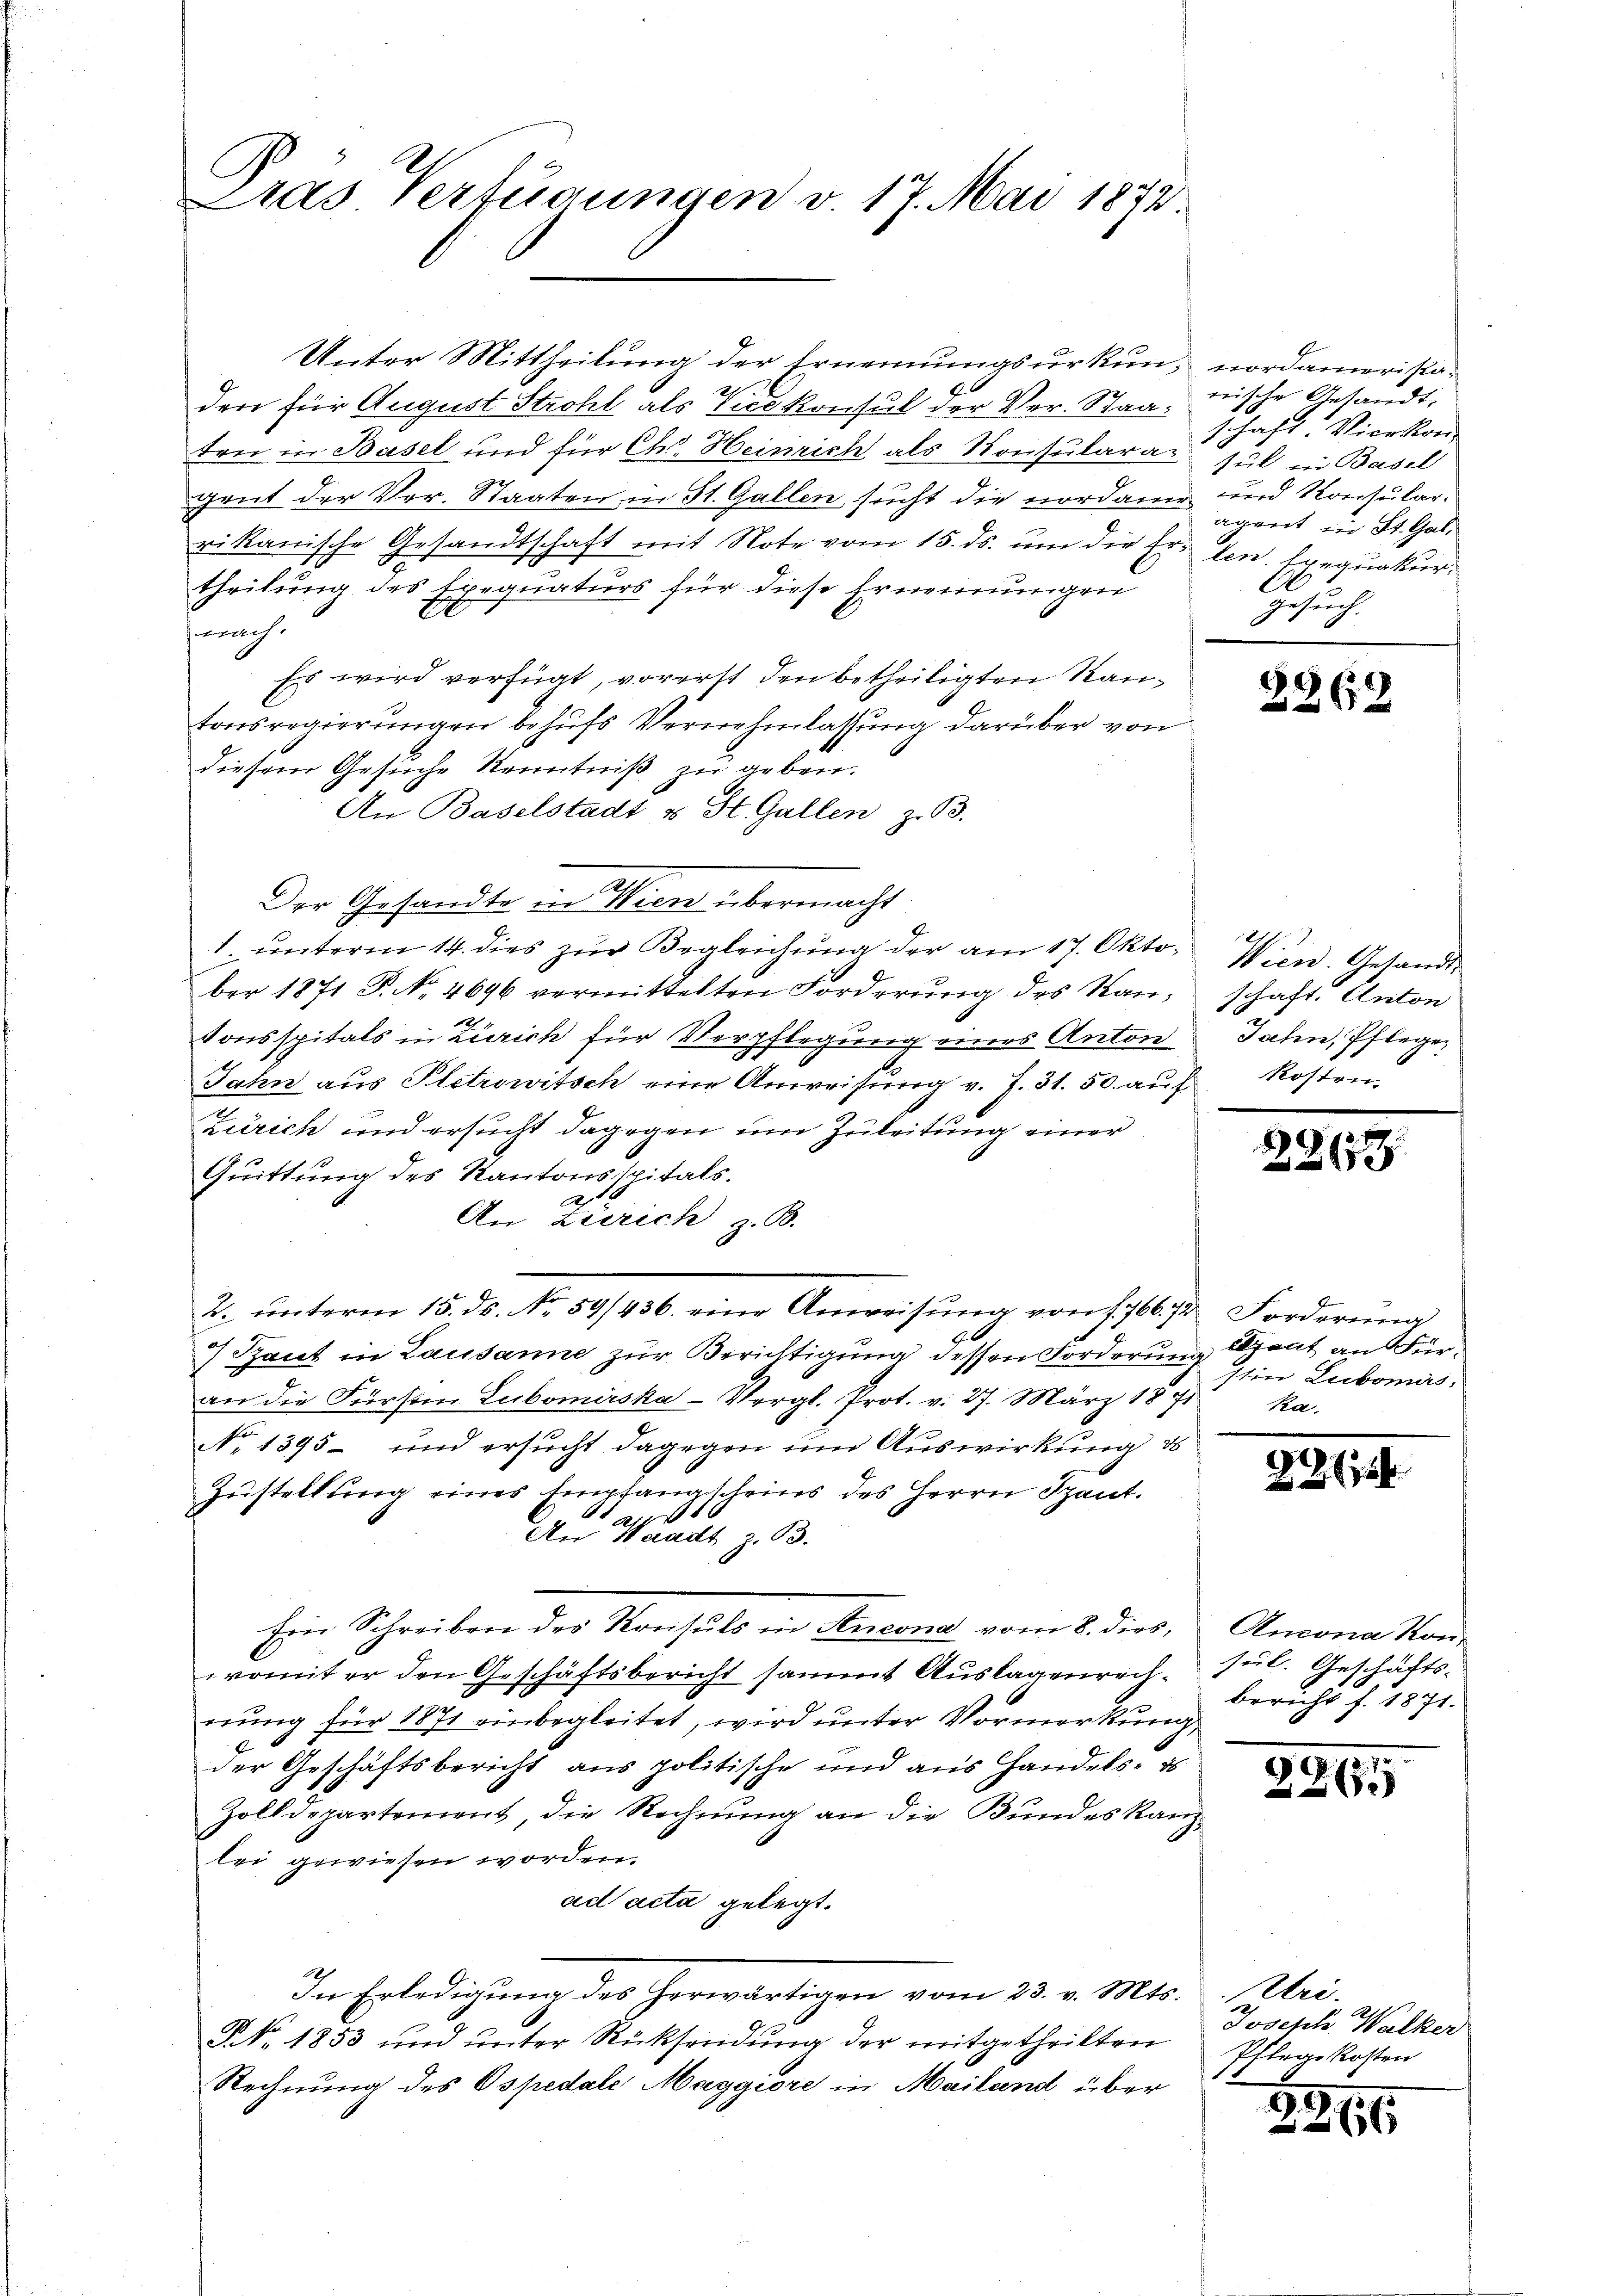
Das Verfügungen v. 17. Mai 1872.

Unter Mittheilung der Ernennungsurkun, nordamerista¬
A
der für August Strohl als Vicekonsul der Ver- Staaten in Basel und für Chr. Heinrich als Konsularagrut der Ver- Staaten in St. Gallen sucht die nordame und Konsularrikanische Gesandtschaft mit Note vom 15. ds. um die Er den Exequatur
theilung des Exequaturs für diese Ernennungen
nach.
Es wird verfügt, vorerst den betheiligten Rautonsregierungen behufs Vernehmlassung darüber von
diesem Gesuche Kenntniß zu geben.
An Baselstadt u St. Gallen z. B.
Der Gesandte in Wien übermacht
1. ŭnterm 14. dies zŭr Begleichŭng der am 17. Okto. Wien. Gesandt-
ber 1871 P. N. 4696 vermittelten Forderŭng des Kan¬
2
tonsspitals in Zürich für Verpflegung eines Anton Jahn, Pflegen
Jahn aus Pletrowitsch eine Anweisung v. L. 31. 50. auf Kosten,
Zürich und ersucht dagegen um Zuleitung einer
Quittung des Kantonsspitals.
A
An Zürich z. B.
2. ŭnterm 15. ds. No 59/436. eine Anweisŭng von f. 766. 72 Forderŭng
7 Pant in Lausanne zur Berichtigung dessen Forderung Spant an Büran die Fürste Lubomirska-Vergl. Prot. v. 27. März 1871 ka.
No 1395 und ersucht dagegen um Auswirkung d
Zustellung eines Empfangscheins des Herrn Szaut.
16
An Waadt z. B.
Ein Schreiben des Konsuls in Stucona vom 8. dies,
romit er den Geschäftsbericht sammt Auslagenrech¬
.
nung für 1871 einbegleitet, wird unter Vormerkung,
der Geschäftsbericht aus politische und aus Handels- es
Zolldepartement, die Rechnung an die Bundeskand
lei gewiesen worden.
ad acta gelegt.
In Erledigung des herwärtigen vom 23. v. Mts. Uri.
NNo. 1853 und unter Rücksendung der mitgetheilten
Rechnung des Ospedale Maggiore in Mailand über

trische Gesandt,
schaft Vicekon
sul in Basel
agent in St. Gal¬
A
gesuch.
8

2262

schaft. Anton

2267

stin Lubomas

221

Ancona Kon-
hel. Geschäfts-
bericht d. 1871.

.
226.

2
Joseph Walker
Pflege kosten

2261